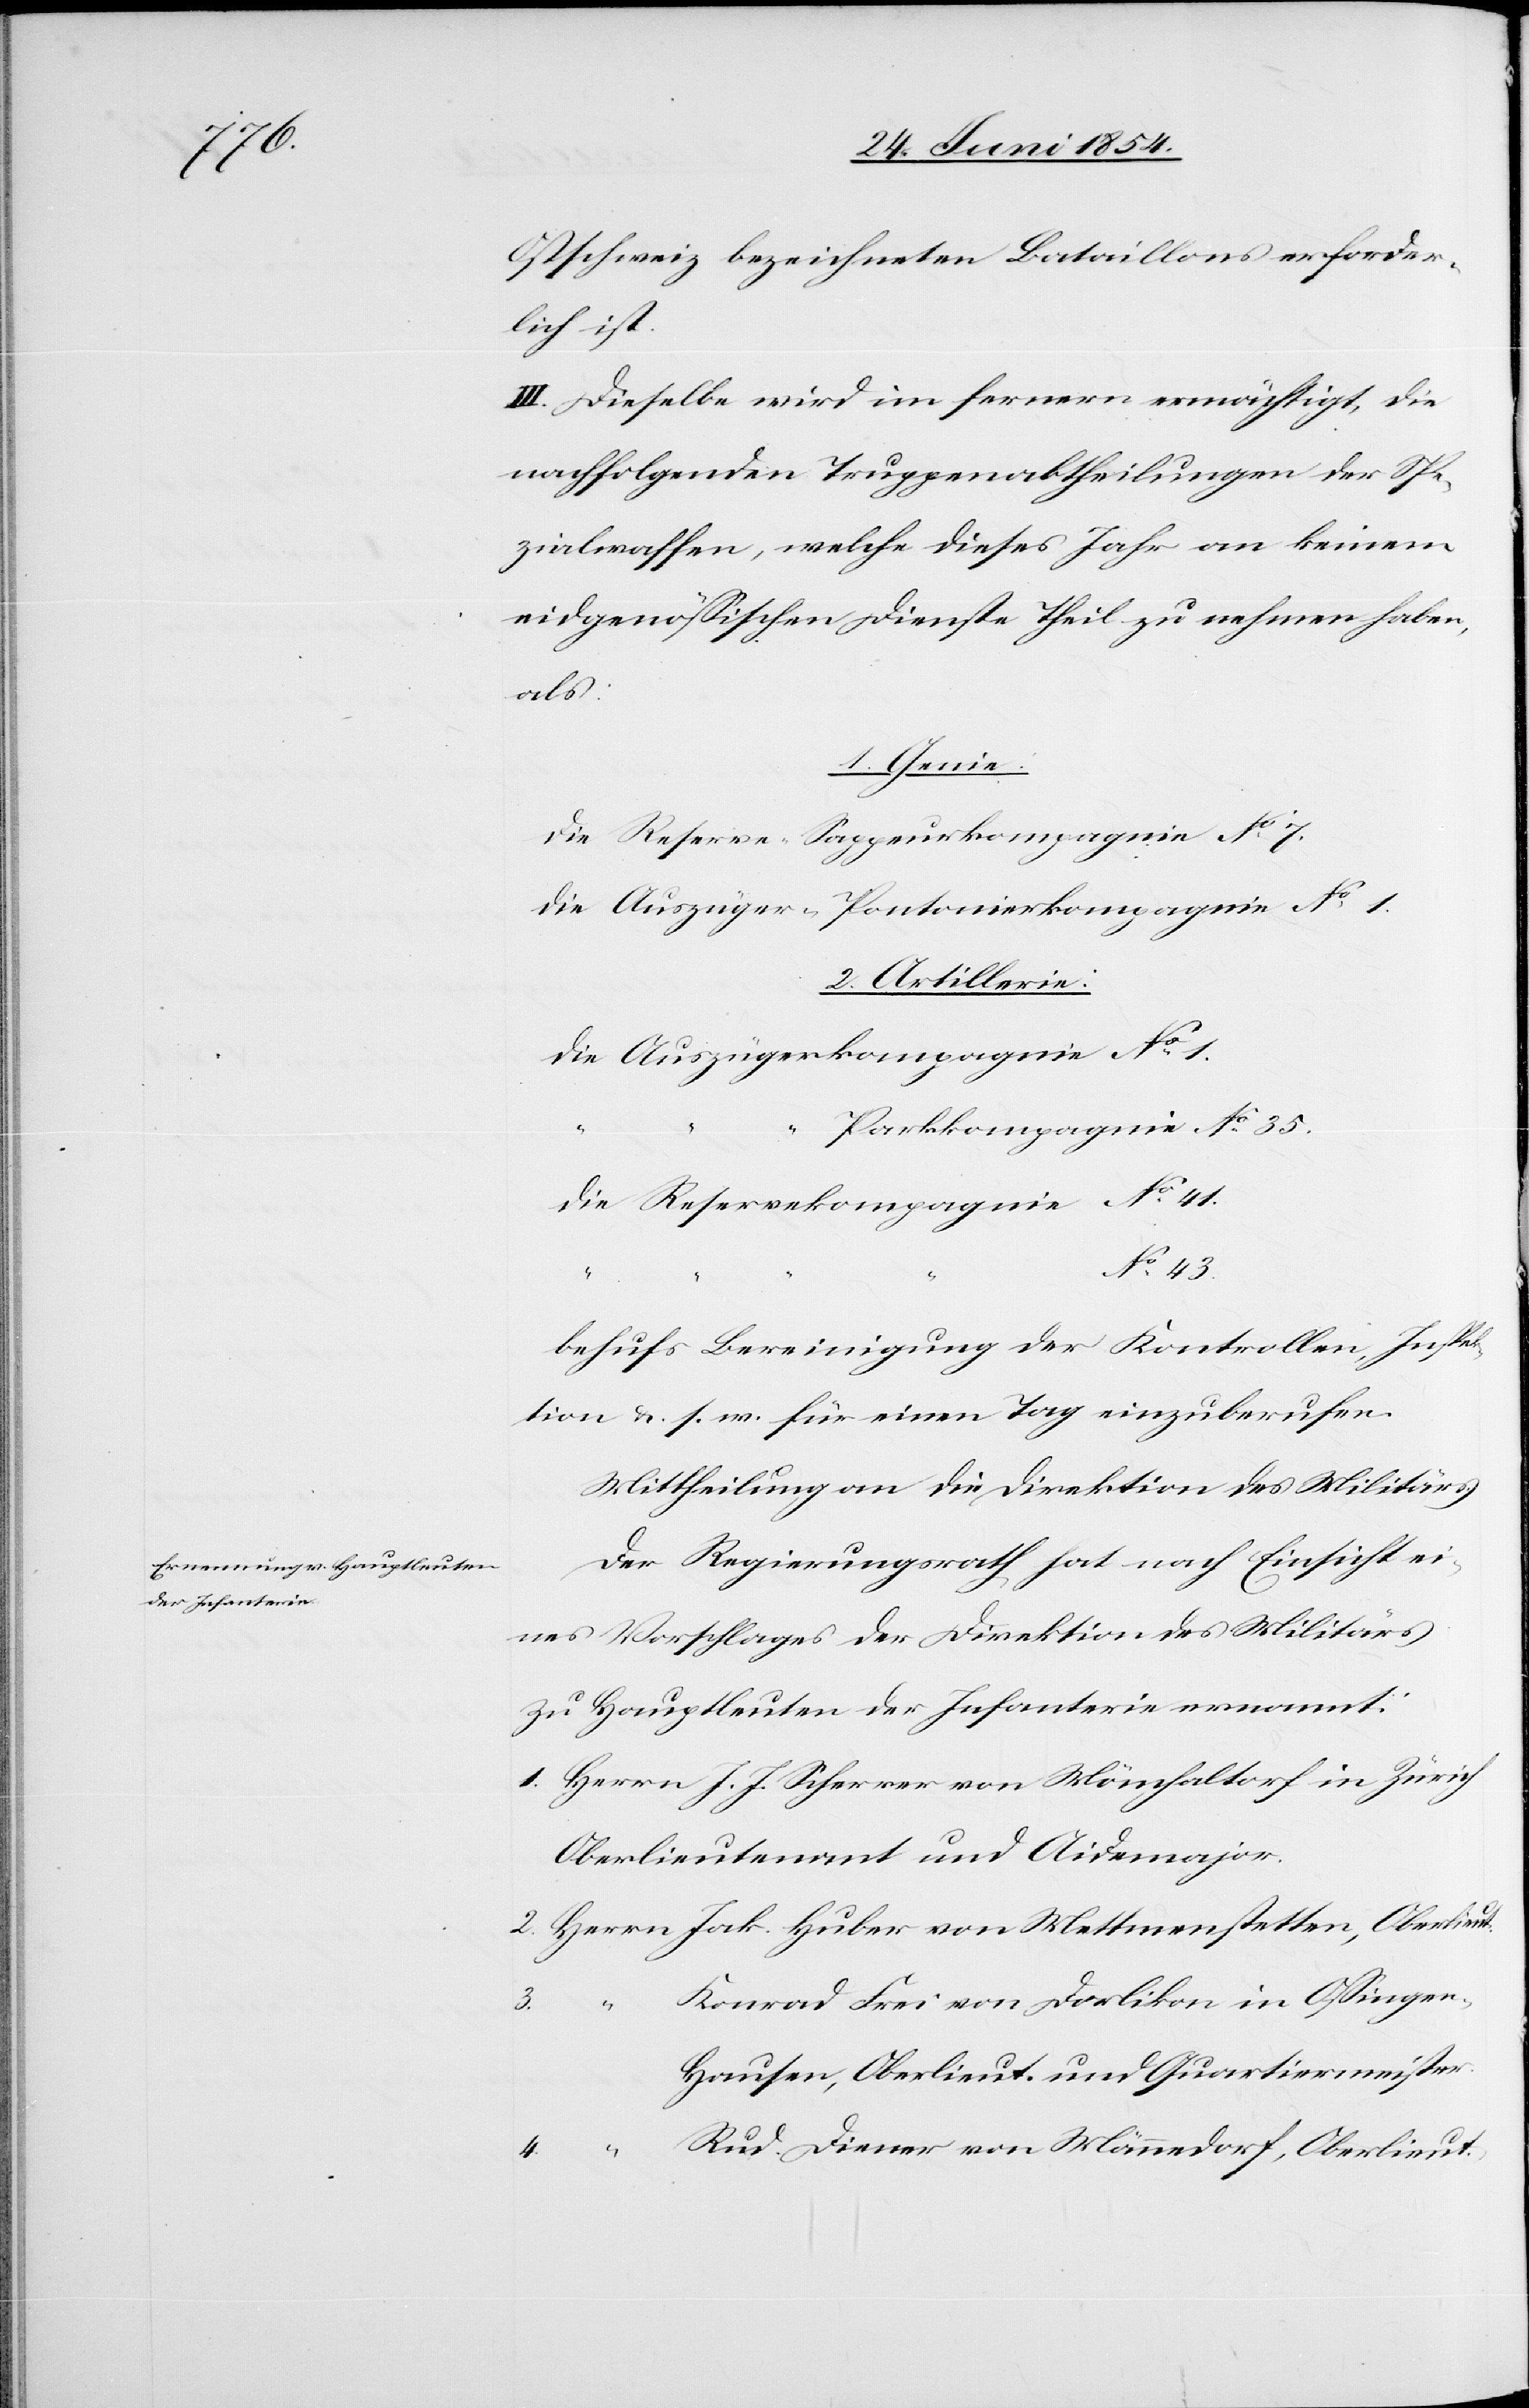
3.	„	K¬

Ostschweiz bezeichneten Bataillons erforder¬
lich ist.
III. Dieselben wird im fernern ermächtigt, die
nachfolgenden Truppenabtheilungen der Spe¬
zialwaffen, welche dieses Jahr an keinem
eidgenößischen Dienste Theil zu nehmen haben,
als:
1. Genie:
die Reserve-Sappeurkompagnie No 7.
die Auszüger-Pontonierkompagnie No 1.
2. Artillerie:
die Auszügerskomapnie No 1.
Parkkompagnie	No 35.
die Reservekompagnie	No 41.
43.
Behufs Bereinigung der Kontrollen, Inspek¬
tion u. s. w. für einen Tag einzuberufen.
Mittheilung an die Direktion des Militärs.
Der Regierungsrath hat nach Einsicht ei¬
nes Vorschlage der Direktion des Militärs
zu Hauptleuten der Infanterie ernannt:
1. Herrn J. J. Scherrer von Mönchaltdorf in Zürich
Oberlieutenant und Aidemajor.
2. Herrn Jak. Huber von Mettmenstetten, Oberlieut.
onrad Frei von Dorlikon in Oßingen-H¬
ausen, Oberlieut. und Quartiermeister.
4.	„	Rud. Diener von Männedorf, Oberlieut.